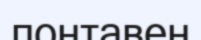
понтавен